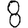
Digit: 8